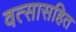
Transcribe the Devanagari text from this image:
वत्सासहित